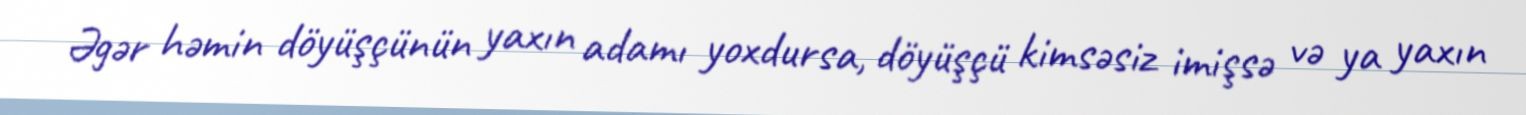
Əgər həmin döyüşçünün yaxın adamı yoxdursa, döyüşçü kimsəsiz imişsə və ya yaxın